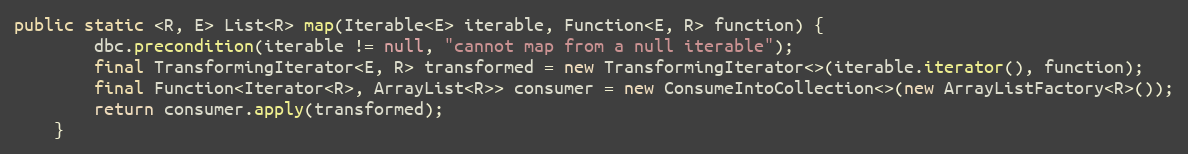
Language: Java
public static <R, E> List<R> map(Iterable<E> iterable, Function<E, R> function) {
        dbc.precondition(iterable != null, "cannot map from a null iterable");
        final TransformingIterator<E, R> transformed = new TransformingIterator<>(iterable.iterator(), function);
        final Function<Iterator<R>, ArrayList<R>> consumer = new ConsumeIntoCollection<>(new ArrayListFactory<R>());
        return consumer.apply(transformed);
    }